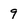
Character: 9